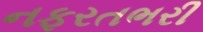
નફરતભરી